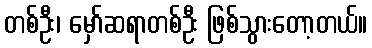
တစ်ဦး၊ မှော်ဆရာတစ်ဦး ဖြစ်သွားတော့တယ်။